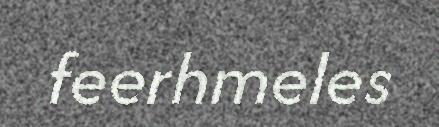
feerhmeles